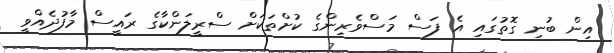
އިން ބުނި ގޮތުގައި އެ ފަސް މަސްވެރިންގެ ކުށްތަކަށް ސްރީލަންކާގެ ރައީސް މާފުދެއްވީ